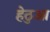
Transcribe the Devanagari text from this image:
हेठुआ